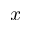
x